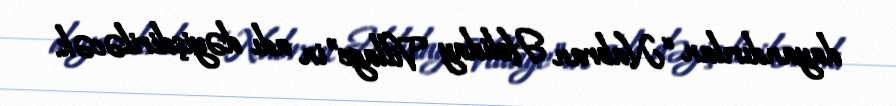
dayandırılan “Nabran Holiday Village”in adı dəyişdiriləcək.